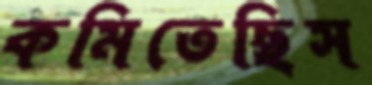
কমিতেছিস